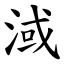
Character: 淢